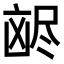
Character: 𫥥